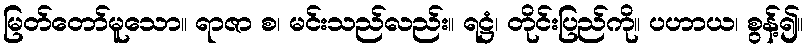
မြတ်တော်မူသော။ ရာဇာ စ၊ မင်းသည်လည်း။ ရဋ္ဌံ၊ တိုင်းပြည်ကို။ ပဟာယ၊ စွန့်၍။